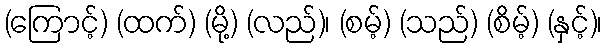
(ကြောင့်) (ထက်) (မို့) (လည်)၊ (စမ့်) (သည်) (စိမ့်) (နှင့်)၊